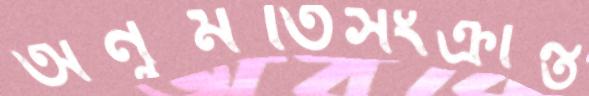
অনুমতিসংক্রান্ত